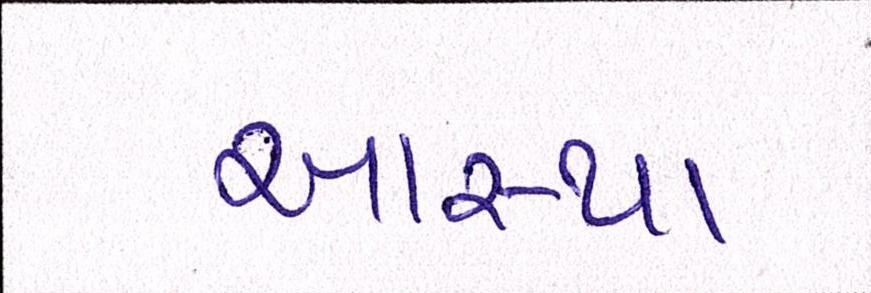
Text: આસ્થા